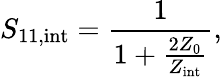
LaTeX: S_{\mathrm{11,int}}=\frac{1}{1+\frac{2Z_{0}}{Z_{\mathrm{int}}}},